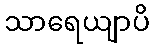
သာရေယျာပိ